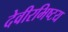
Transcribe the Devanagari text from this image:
देवीरभिष्टय